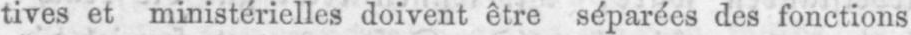
tives et ministérielles doivent être séparées des fonctions